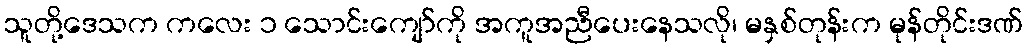
သူတို့ဒေသက ကလေး ၁ သောင်းကျော်ကို အကူအညီပေးနေသလို၊ မနှစ်တုန်းက မုန်တိုင်းဒဏ်